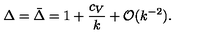
\Delta = \bar { \Delta } = 1 + { \frac { c _ { V } } { k } } + { \cal O } ( k ^ { - 2 } ) .